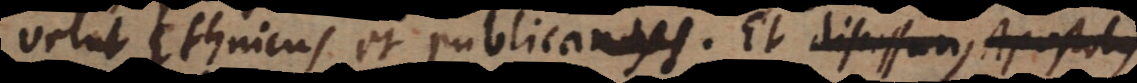
velut Ethnicus et publicanus. Et discessurus